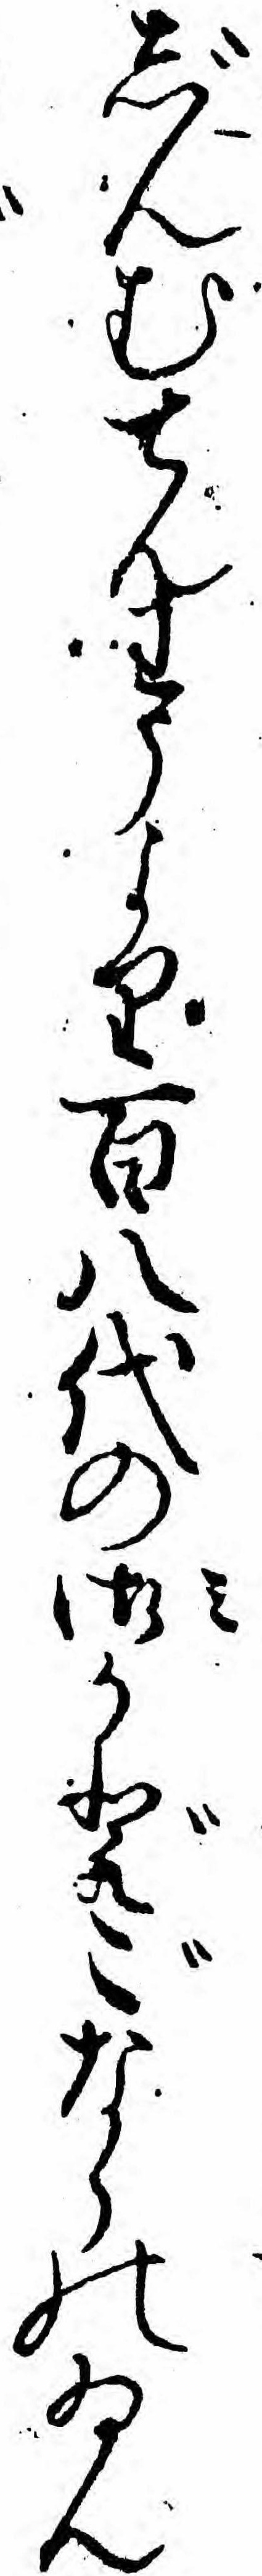
じんむてんわうより百八代の御かどごならのゐん